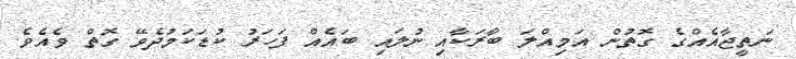
ނަތީޖާއެއްގެ ގޮތުން އަމިއްލަ ބާރަކާއި ނުލައި ބައެއް ފަހަރު ކުޑަކަމުދެވޭ ގޮތް ވެއެވެ.